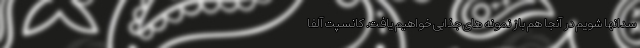
سدانها شویم در آنجا هم باز نمونه های جذابی خواهیم یافت. کانسپت آلفا